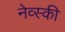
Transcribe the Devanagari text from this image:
नेव्स्की